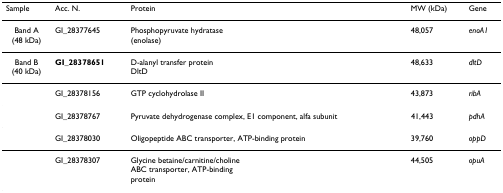
| Sample | Acc. N. | Protein | MW (kDa) | Gene |
 | --- | --- | --- | --- | --- |
 | Band A(48 kDa) | GI_28377645 | Phosphopyruvate hydratase(enolase) | 48,057 | enoA1 |
 | Band B(40 kDa) | GI_28378651 | D-alanyl transfer proteinDltD | 48,633 | dltD |
 |  | GI_28378156 | GTP cyclohydrolase II | 43,873 | ribA |
 |  | GI_28378767 | Pyruvate dehydrogenase complex, E1 component, alfa subunit | 41,443 | pdhA |
 |  | GI_28378030 | Oligopeptide ABC transporter, ATP-binding protein | 39,760 | oppD |
 |  | GI_28378307 | Glycine betaine/carnitine/cholineABC transporter, ATP-bindingprotein | 44,505 | opuA |